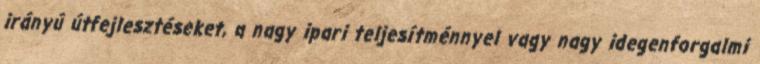
irányú útfejlesztéseket, a nagy ipari teljesítménnyel vagy nagy idegenforgalmi